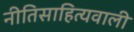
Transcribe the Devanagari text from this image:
नीतिसाहित्यवाली